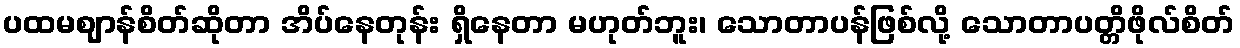
ပထမဈာန်စိတ်ဆိုတာ အိပ်နေတုန်း ရှိနေတာ မဟုတ်ဘူး၊ သောတာပန်ဖြစ်လို့ သောတာပတ္တိဖိုလ်စိတ်